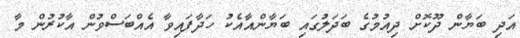
އަދި ބަޔާން ދޫކޮށް ދިއުމުގެ ބަދަލުގައި ބަޔާންއާއެކު ހަދާފައިވާ އެއްބަސްވުން އާކުރުން މާ